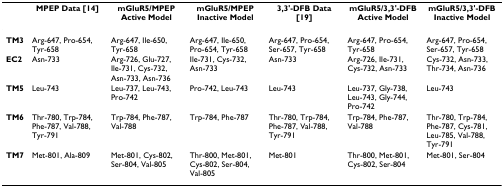
|  | MPEP Data [14] | mGluR5/MPEP Active Model | mGluR5/MPEP Inactive Model | 3,3'-DFB Data [19] | mGluR5/3,3'-DFB Active Model | mGluR5/3,3'-DFB Inactive Model |
 | --- | --- | --- | --- | --- | --- | --- |
 | TM3 | Arg-647, Pro-654, Tyr-658 | Arg-647, Ile-650, Tyr-658 | Arg-647, Ile-650, Pro-654, Tyr-658 | Arg-647, Pro-654, Ser-657, Tyr-658 | Arg-647, Pro-654, Tyr-658 | Arg-647, Pro-654, Ser-657, Tyr-658 |
 | EC2 | Asn-733 | Arg-726, Glu-727, Ile-731, Cys-732, Asn-733, Asn-736 | Ile-731, Cys-732, Asn-733 | Asn-733 | Arg-726, Ile-731, Cys-732, Asn-733 | Cys-732, Asn-733, Thr-734, Asn-736 |
 | TM5 | Leu-743 | Leu-737, Leu-743, Pro-742 | Pro-742, Leu-743 | Leu-743 | Leu-737, Gly-738, Leu-743, Gly-744, Pro-742 | Leu-743 |
 | TM6 | Thr-780, Trp-784, Phe-787, Val-788, Tyr-791 | Trp-784, Phe-787, Val-788 | Trp-784, Phe-787 | Thr-780, Trp-784, Phe-787, Val-788, Tyr-791 | Trp-784, Phe-787, Val-788 | Thr-780, Trp-784, Phe-787, Cys-781, Leu-785, Val-788, Tyr-791 |
 | TM7 | Met-801, Ala-809 | Met-801, Cys-802, Ser-804, Val-805 | Thr-800, Met-801, Cys-802, Ser-804, Val-805 | Met-801 | Thr-800, Met-801, Cys-802, Ser-804 | Met-801, Ser-804 |